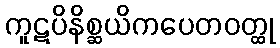
ကူဋပိနိစ္ဆယိကပေတဝတ္ထု